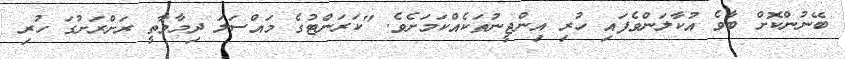
ބޭނުންކޮށް ބާވެ އުކާލަންވެފައި ހުރި އިންޖީނުތަކެއްކަމަށެވެ. "ކަރަންޓުގެ މައްސަލަ ދިމާވާތީ ރަށްރަށުގަ ހުރި